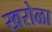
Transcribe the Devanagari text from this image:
खरोळा